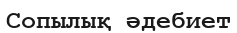
Сопылық әдебиет